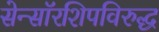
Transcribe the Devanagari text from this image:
सेन्सॉरशिपविरुद्ध